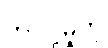
တင်ပို့မှုကို